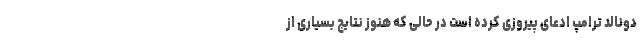
دونالد ترامپ ادعای پیروزی کرده است در حالی که هنوز نتایج بسیاری از